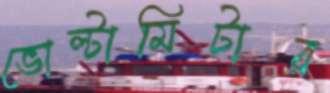
ভোল্টামিটার